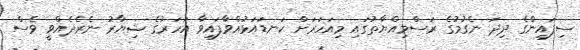
ސިފައިންގެ ދިދަ ނެގުމުގެ ރަސްމިއްޔާތުގައި މިއަހަރަށް ކަނޑައަޅުއްވާފައިވާ އަހަރުގެ ޝިޔާރު ނެރެދެއްވީ ވެސް